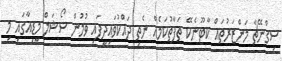
ސިގްނޭޗާ މަންޒަރުތައް ކާޓޫނެކޭ ތަފާތުކަމެއް ނެތި ދައްކުވައިދީފައި ވުމުން ސޯޝަލް މީޑިއާގައި މި